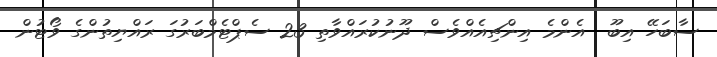
ސާބަހޭ އިބޫ  އެންމެ އިންޗިއެއްވެސް ދޫނުކުރައްވާތި 23 ސެޕްޓެމްބަރުގަ ރައްޔިތުންގެ ވޯޓުން